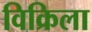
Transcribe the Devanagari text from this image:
विक्रिला